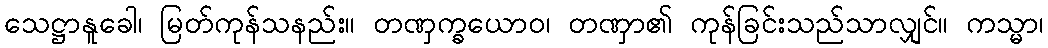
သေဋ္ဌာနူခေါ၊ မြတ်ကုန်သနည်း။ တဏှက္ခယောဝ၊ တဏှာ၏ ကုန်ခြင်းသည်သာလျှင်။ ကသ္မာ၊